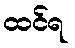
ထင်ရ